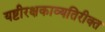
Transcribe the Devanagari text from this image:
यष्टीरक्षकाव्यतिरीक्त